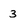
Character: 3